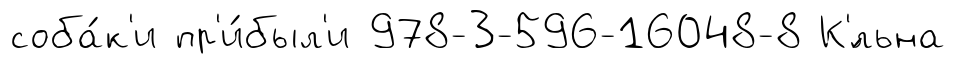
соба́к'и пр'и́был'и 978-3-596-16048-8 К'́льна